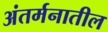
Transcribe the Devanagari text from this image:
अंतर्मनातील